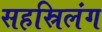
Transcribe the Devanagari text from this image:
सहस्रिलंग